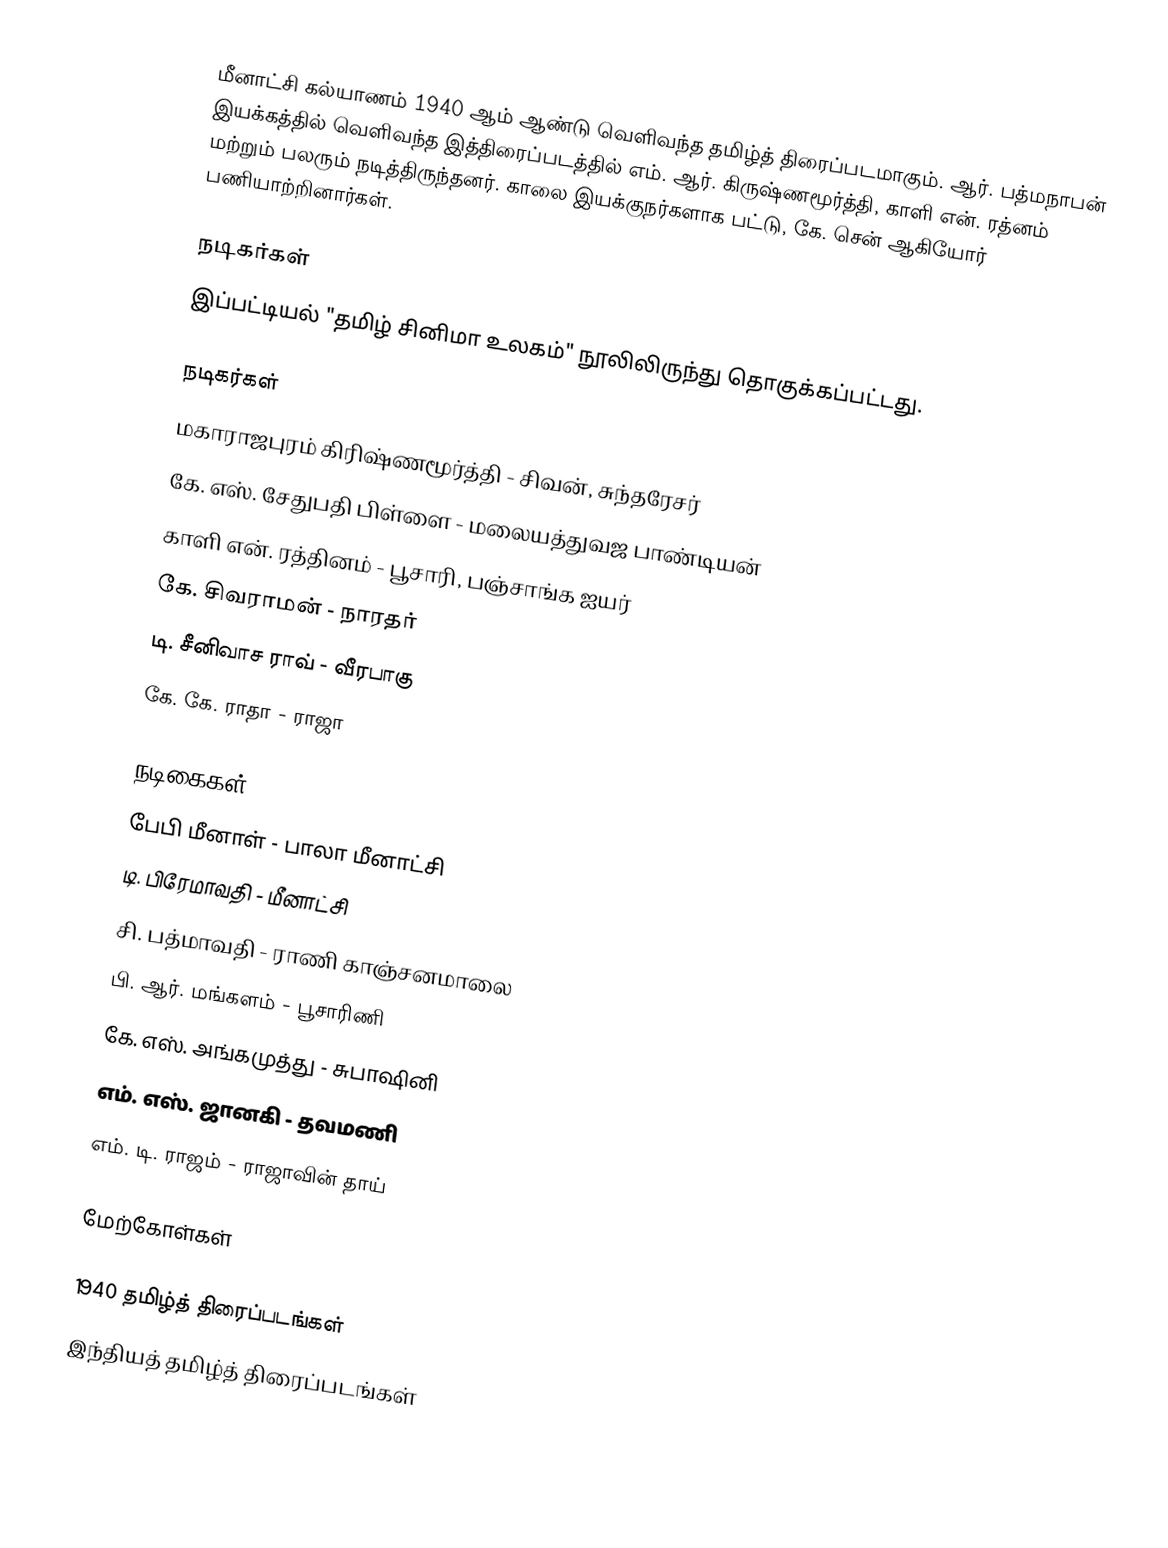
மீனாட்சி கல்யாணம் 1940 ஆம் ஆண்டு வெளிவந்த தமிழ்த் திரைப்படமாகும். ஆர். பத்மநாபன் இயக்கத்தில் வெளிவந்த இத்திரைப்படத்தில் எம். ஆர். கிருஷ்ணமூர்த்தி, காளி என். ரத்னம் மற்றும் பலரும் நடித்திருந்தனர். காலை இயக்குநர்களாக பட்டு, கே. சென் ஆகியோர் பணியாற்றினார்கள்.

நடிகர்கள்
இப்பட்டியல் "தமிழ் சினிமா உலகம்" நூலிலிருந்து தொகுக்கப்பட்டது.

நடிகர்கள்
மகாராஜபுரம் கிரிஷ்ணமூர்த்தி - சிவன், சுந்தரேசர்
கே. எஸ். சேதுபதி பிள்ளை - மலையத்துவஜ பாண்டியன்
காளி என். ரத்தினம் - பூசாரி, பஞ்சாங்க ஐயர்
கே. சிவராமன் - நாரதர்
டி. சீனிவாச ராவ் - வீரபாகு
கே. கே. ராதா - ராஜா

நடிகைகள்
பேபி மீனாள் - பாலா மீனாட்சி
டி. பிரேமாவதி - மீனாட்சி
சி. பத்மாவதி - ராணி காஞ்சனமாலை
பி. ஆர். மங்களம் - பூசாரிணி
கே. எஸ். அங்கமுத்து - சுபாஷினி
எம். எஸ். ஜானகி - தவமணி
எம். டி. ராஜம் - ராஜாவின் தாய்

மேற்கோள்கள்

1940 தமிழ்த் திரைப்படங்கள்
இந்தியத் தமிழ்த் திரைப்படங்கள்